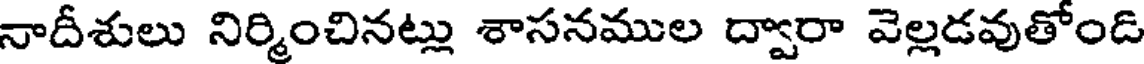
నాదీశులు నిర్మించినట్లు శాసనముల ద్వారా వెల్లడవుతోండి